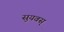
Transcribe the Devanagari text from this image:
सुयवस्